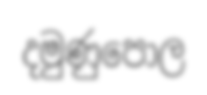
දමුණුපොල